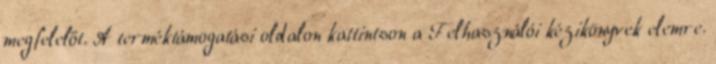
megfelelőt. A terméktámogatási oldalon kattintson a Felhasználói kézikönyvek elemre.